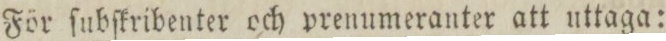
För ſubſkribenter och prenumeranter att uttaga: